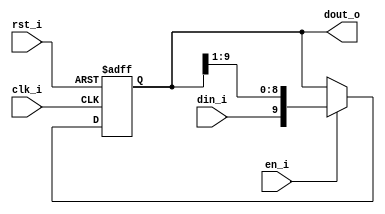
// Name: sipo_reg_rx.v
//
// Description: Registro con entrada en serie y salida en paralelo con desplazamiento a la derecha.

module sipo_reg_rx #(
  parameter Width = 10
) (
  input              rst_i,
  input              clk_i,
  input              din_i,
  input              en_i,
  output [Width-1:0] dout_o
);

  reg  [Width-1:0] reg_q;
  wire [Width-1:0] mux_d;

  assign mux_d = (en_i) ? {din_i,reg_q[Width-1:1]} : reg_q;
  
  always @(posedge clk_i, posedge rst_i) begin
    if (rst_i)
      reg_q <= 0;
    else
      reg_q <= mux_d;
  end

  assign dout_o = reg_q;

endmodule